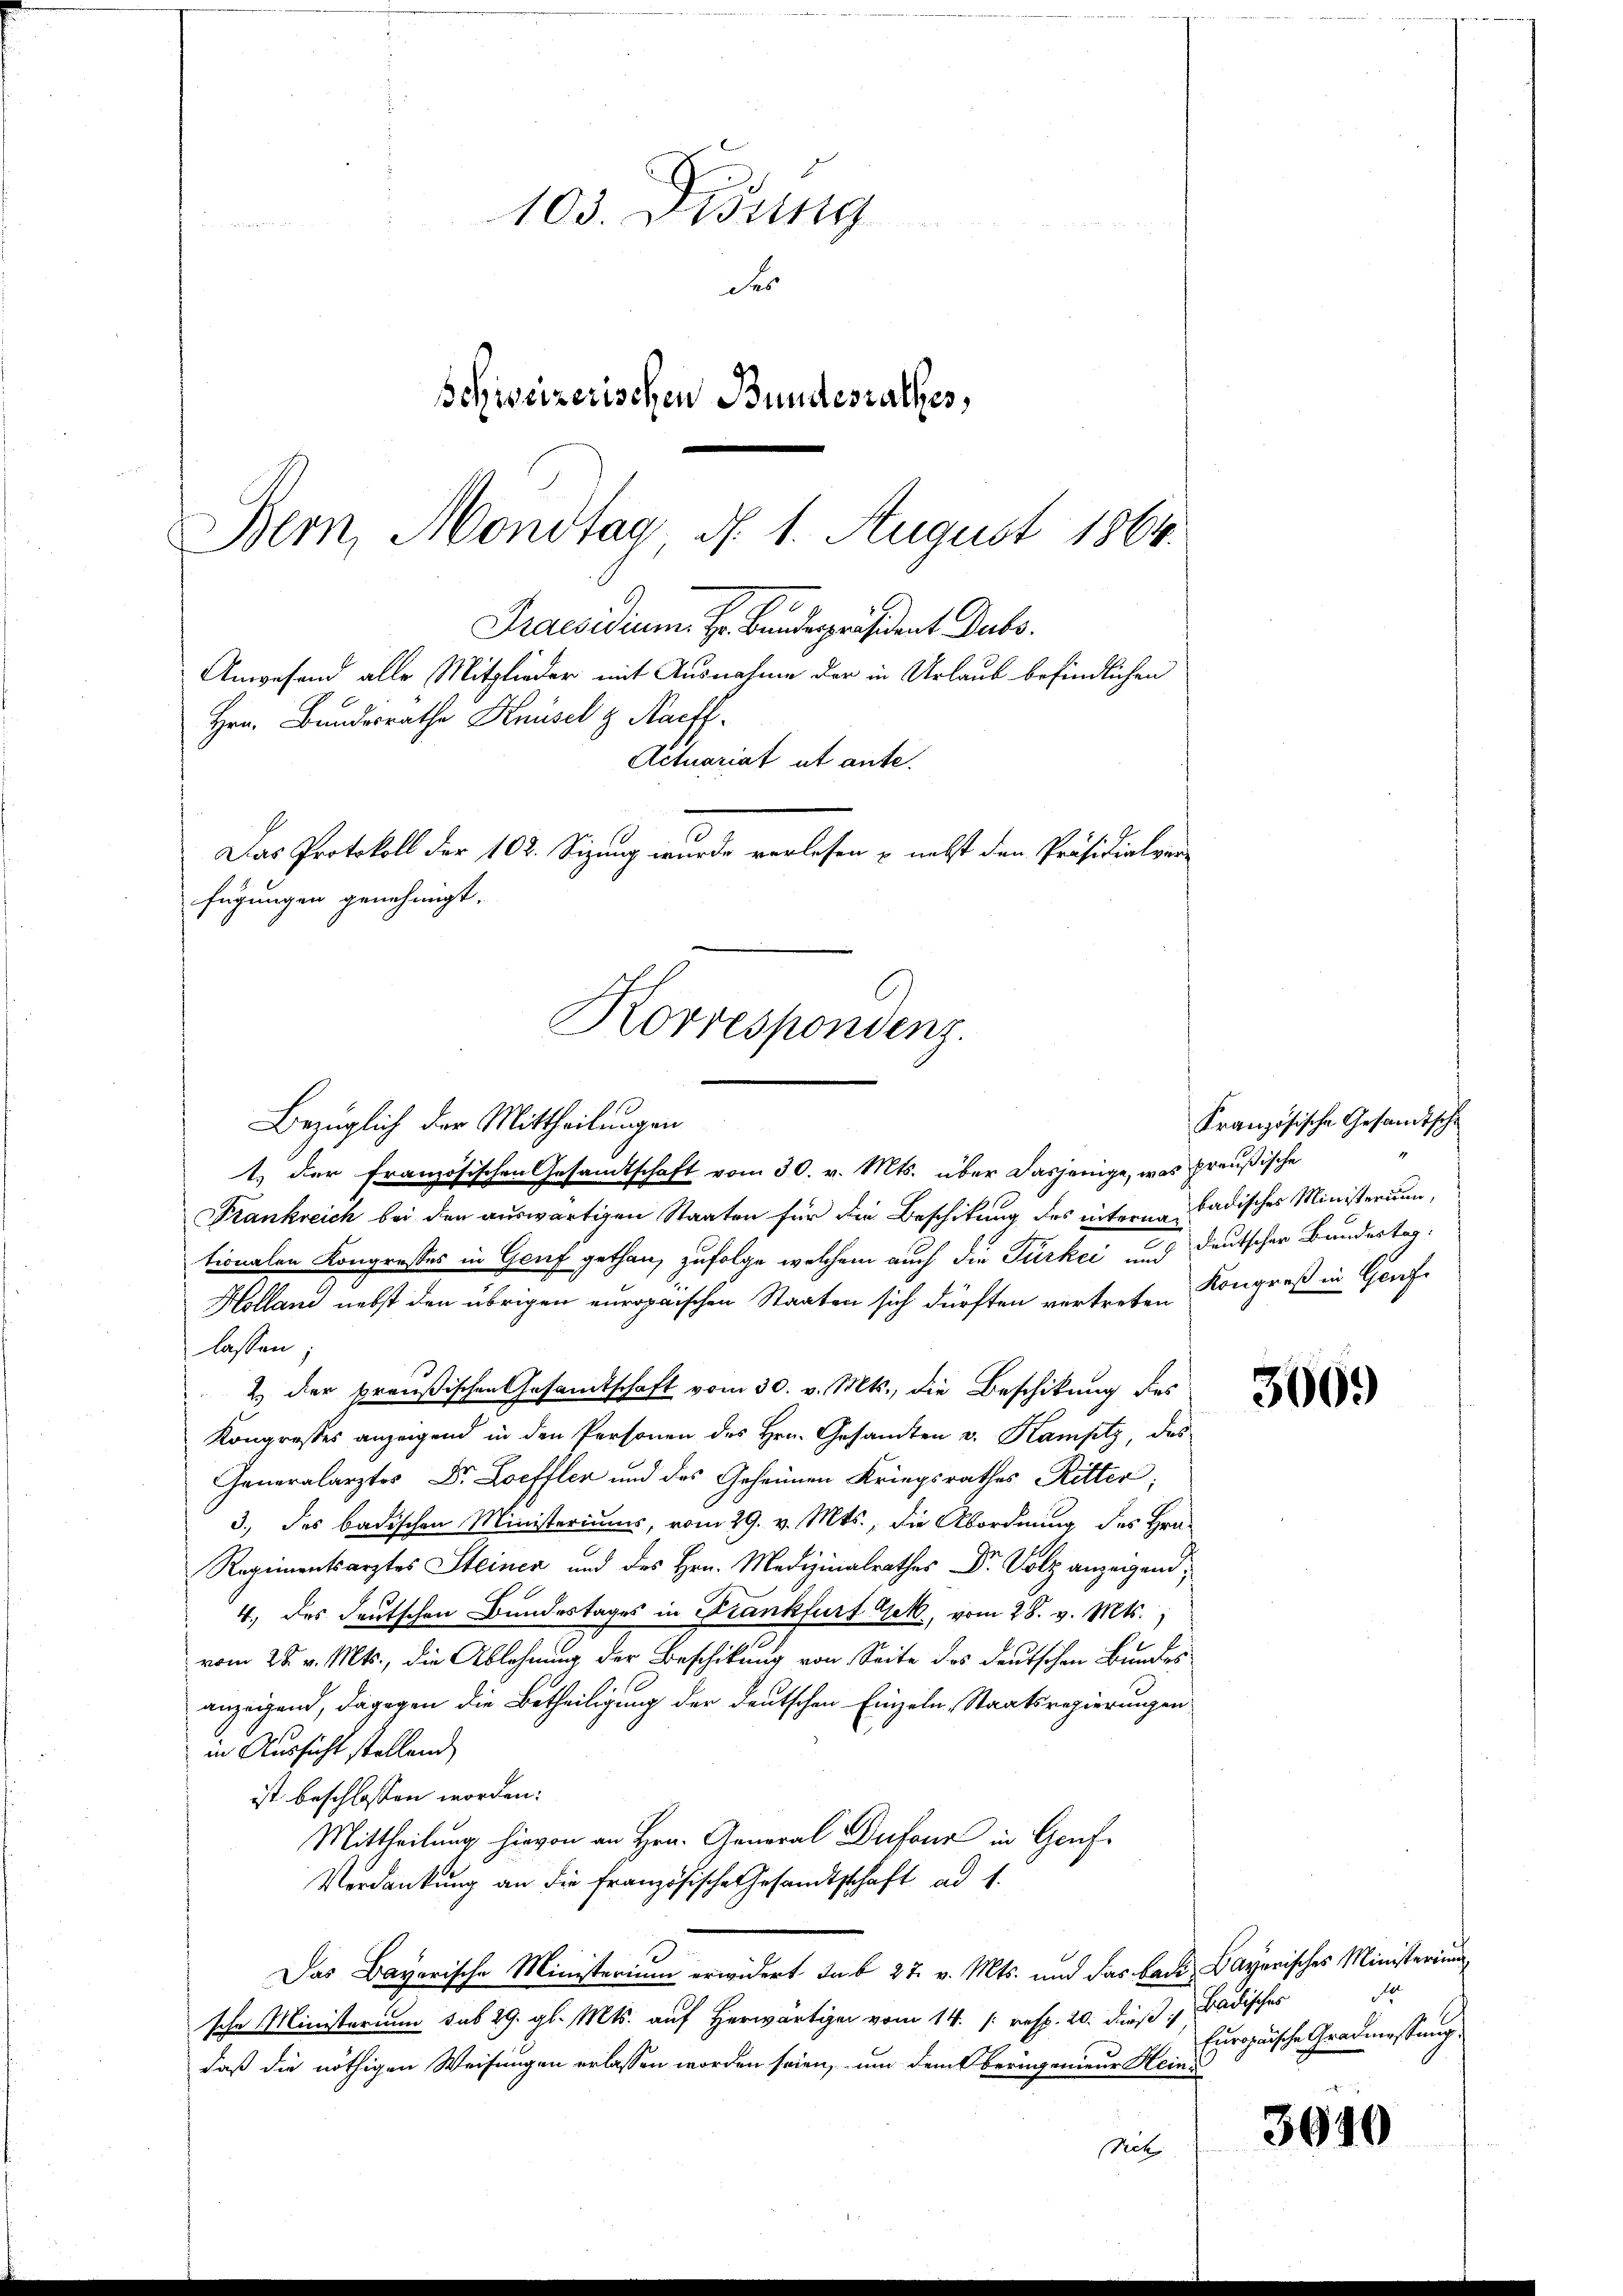
103. Disung
der
schweizerischen Bundesrathes,
Bern, Mondtag d. 1. August 1864.
Praesidium. Hr. Bundespräsident Dubs
Anwesend alle Mitglieder mit Ausnahme der in Urlaub befindlichen
Hrn. Bundesrathe Knüsel z Nacht.
Actuariat ut ante.

Das Protokoll der 102. Sizung wurde verlesen u. nebst den Präsidialverfügungen genehmigt.
Korrespondenz.

Bezüglich der Mittheilungen
t. der französischen Gesamtschaft vom 30. v. Mts. über dasjenige, was preußische
Frankreich bei den auswärtigen Staaten für die Beschikung des interer Badisches Ministerium,
tionalen Kongresses in Genf gethan, zufolge welchem auch die Türkei und deutscher Bundestag.
Holland nebst den übrigen europaischen Staaten sich dürften vertreten Kongreß in Genfe
lassen.
2. der preußischen Gesamtschaft vom 30. v. Mts., die Beschikung dies
Kongresses anzeigend in den Personen des Hrn. Gesandten v. Kamptz, des
Generalarztes Dr. Loeffler und des Geheimen Kriegsrathes Ritter;
3., des badischen Ministeriums, vom 29. v. Mts., die Abordnung des Hrn.
.
4. des deutschen Bundestages in Frankfurt Gek, vom 28. v. Mts.
vom 28. v. Mts., die Ablehnung der Beschikung von Seite des deutschen Bundes
.
anzeigend, dagegen die Betheiligung der deutschen Einzeln, Staatsregierungen
in Aussicht stellend
ist beschlossen worden:
Mittheilung hievon an Hrn. General Dufour in Genf
Verdankung an die französische Gesandtschaft ad 1.
Das Bayerische Ministerium erwidert sub 27. v. Mts. und das Badi Bayerisches Ministerun
sche Ministerium sub 29. gl. Mts. auf Herwärtigen vom 14. /: resp. 20. dieß Badisches
daß die nöthigen Weisungen erlassen worden seien, um dem Oberungenieur Heini
Sich

3009

3040

Französische Gesandtsche

Europaische Gradmessung.